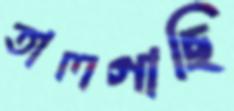
তালগাছি